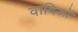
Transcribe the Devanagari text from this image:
वादिओं